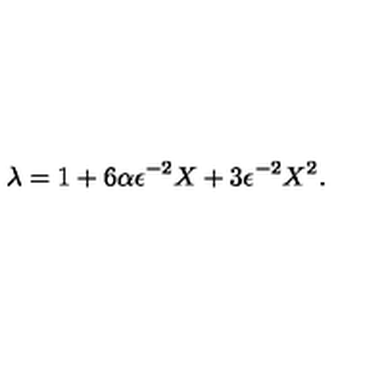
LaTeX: \lambda = 1 + 6 \alpha \epsilon ^ { - 2 } X + 3 \epsilon ^ { - 2 } X ^ { 2 } .